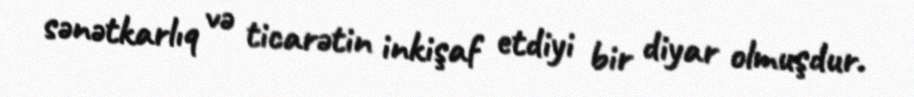
sənətkarlıq və ticarətin inkişaf etdiyi bir diyar olmuşdur.